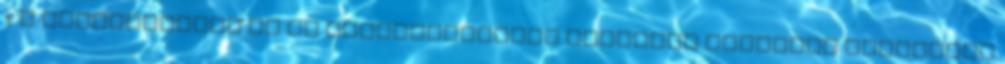
1. A közigazgatás és az államigazgatás szinonim fogalmak Általános